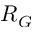
R _ { G }